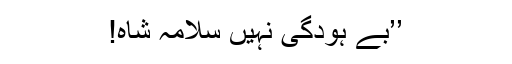
’’بے ہودگی نہیں سلامہ شاہ!